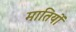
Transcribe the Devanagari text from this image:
मातियों